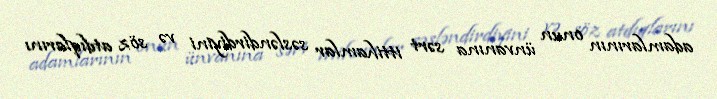
adamlarının onun ünvanına sərt ittihamlar səsləndirdiyini və söz atdıqlarını